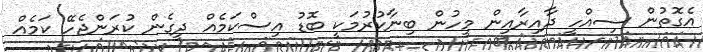
އެގޮތުން ސިއްހީ ދާއިރާއިން މީހުން ބިނާކުރުމަކީ ބޮޑު އިސްކަމެއް ދީގެން ކުރަންޖެހޭ ކަމެއް